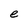
Character: e